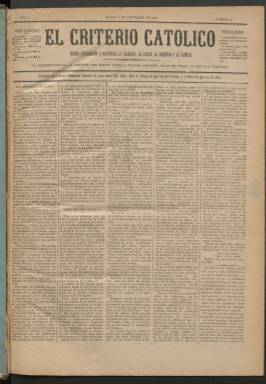
Título: El Criterio católico
Colección: Periódicos
Ámbito geográfico: Madrid
Lugar de publicación: Madrid
Fechas: 04/11/1885-29/01/1886